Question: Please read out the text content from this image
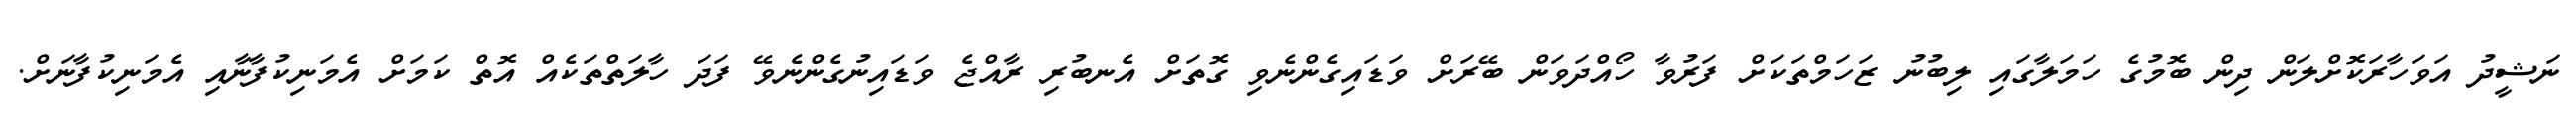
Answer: ނަޝީދު އަވަހާރަކޮށްލަން ދިން ބޮމުގެ ހަމަލާގައި ލިބުނު ޒަހަމްތަކަށް ފަރުވާ ހޯއްދަވަން ބޭރަށް ވަޑައިގެންނެވި ގޮތަށް އެނބުރި ރާއްޖެ ވަޑައިނުގެންނެވޭ ފަދަ ހާލަތްތަކެއް އޮތް ކަމަށް އެމަނިކުފާނާއި އެމަނިކުފާނަށް.